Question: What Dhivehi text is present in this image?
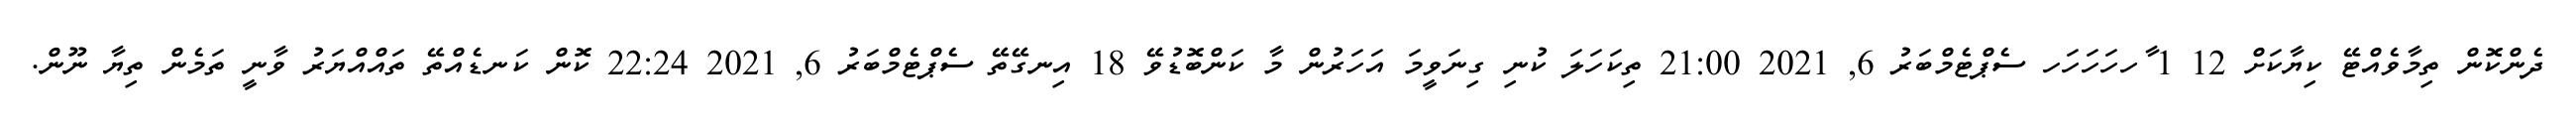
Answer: ދެންކޮން ތިމާވެއްޓޭ ކިޔާކަށް 12 1 ާހހަހަހަހ ސެޕްޓެމްބަރު 6, 2021 21:00 ތިކަހަލަ ކުނި ގިނަވީމަ އަހަރުން މާ ކަންބޮޑުވޭ 18 އިނގޭތޭ ސެޕްޓެމްބަރު 6, 2021 22:24 ކޮން ކަނޑެއްތޭ ތައްއްޔަރު ވާނީ ތަމެން ތިޔާ ނޫން.